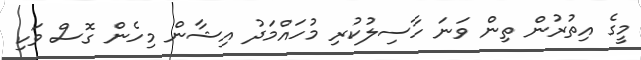
މީގެ އިތުރުން ތިން ވަނަ ހާސިލުކުރި މުހައްމަދު އިޝާން މިހެން ގޮސް ވަކި